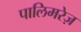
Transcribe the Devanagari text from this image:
पालिमरेज़